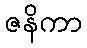
ဇနိကာ